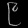
Digit: ၉